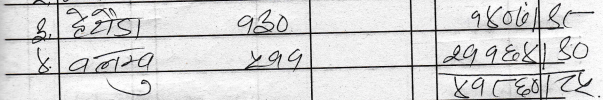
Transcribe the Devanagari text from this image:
३. हेटौंडा १३० १४०६० ष्ट-
४. वलम्ब ४११ २११६४ ८०
चु ४११८० २५